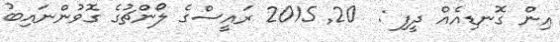
އިން ގޮނޑިއެއް ދީފި :  20